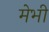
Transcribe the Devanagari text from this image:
मेभी